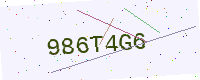
Text: 986T4G6